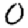
Digit: 0